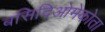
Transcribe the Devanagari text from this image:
बसिदिओमेकोता